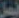
ليصل